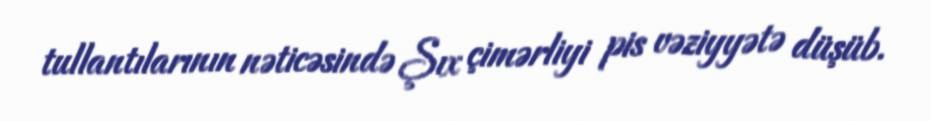
tullantılarının nəticəsində Şıx çimərliyi pis vəziyyətə düşüb.